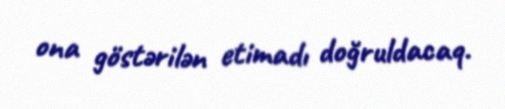
ona göstərilən etimadı doğruldacaq.